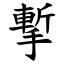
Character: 㨻